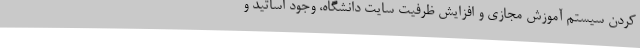
کردن سیستم آموزش مجازی و افزایش ظرفیت سایت دانشگاه، وجود اساتید و